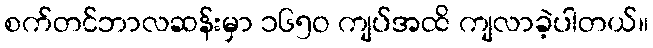
စက်တင်ဘာလဆန်းမှာ ၁၆၅ဝ ကျပ်အထိ ကျလာခဲ့ပါတယ်။